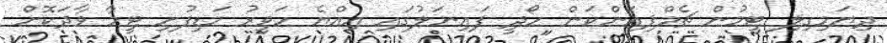
ދިޔަމިގިލި ޓީމުން ޗެމްޕިއަންކަން ހޯދީ ފައިނަލުގައި އިއްޔެ ހަވީރު މަޑިފުށި ޓީމާ ވާދަކޮށް